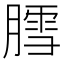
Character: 膤